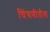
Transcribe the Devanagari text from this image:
चिंचणीतील